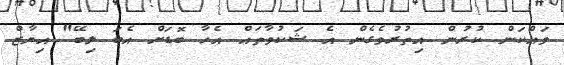
ވައްކަން ކުރުން އިތުރުވެގެން އެ ޝަކުވާތައް އެހާ ބޮޑަށް އެބަ ލިބޭ" އިޔާޒް